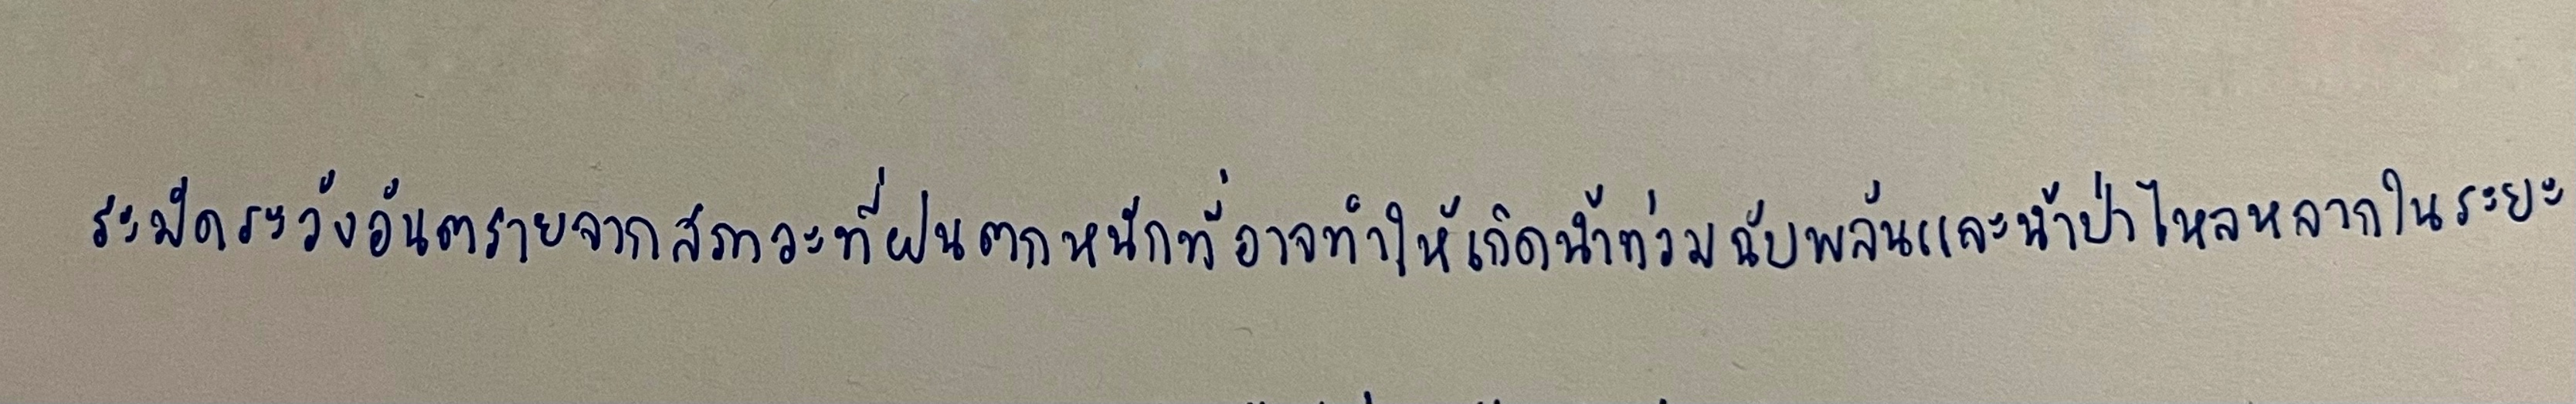
ระมัดระวังอันตรายจากสภาวะที่ฝนตกหนักที่อาจทำให้เกิดน้ำท่วมฉับพลันและน้ำป่าไหลหลากในระยะ